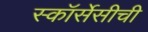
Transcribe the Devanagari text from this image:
स्कॉर्सेसीची